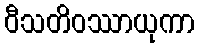
ဝီသတိဝဿာယုကာ